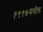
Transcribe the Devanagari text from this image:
१९९७मधील